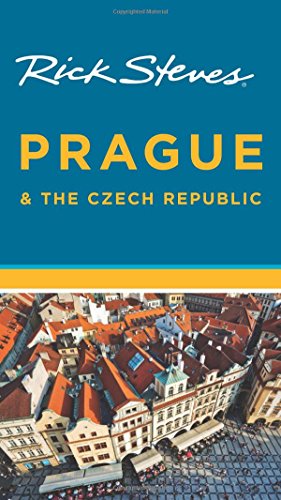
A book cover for Rick Steves Prague & the Czech Republic; Rick Steves; Travel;